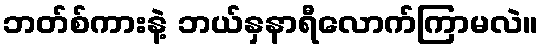
ဘတ်စ်ကားနဲ့ ဘယ်နှနာရီလောက်ကြာမလဲ။